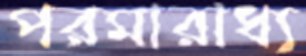
পরমারাধ্য